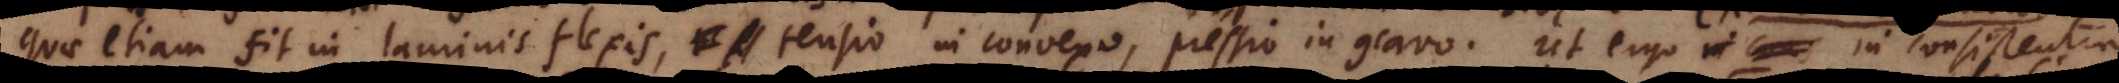
quae etiam fit in laminis flexis, tensio in convexo, pressio in concavo. Ut ergo in consistentia